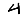
Digit: 4